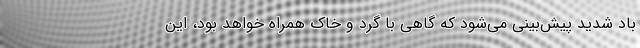
باد شدید پیش‌بینی می‌شود که گاهی با گرد و خاک همراه خواهد بود، این